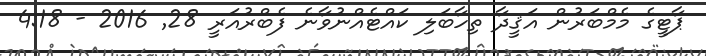
ޕާޓީގެ މެމްބަރުން އަޤީދާ ތިހާބަލި ކައްޓެއްނުވާނެ ފެބްރުއަރީ 28